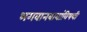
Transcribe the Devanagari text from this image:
भगवानबाबांविषयी